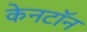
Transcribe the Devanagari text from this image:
केनटॉन